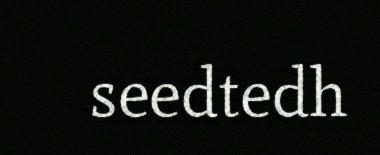
seedtedh